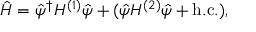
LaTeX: \hat { H } = \hat { \psi } ^ { \dagger } H ^ { ( 1 ) } \hat { \psi } + ( \hat { \psi } H ^ { ( 2 ) } \hat { \psi } + \mathrm { h . c . } ) ,